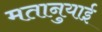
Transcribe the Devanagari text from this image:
मतानुयाई